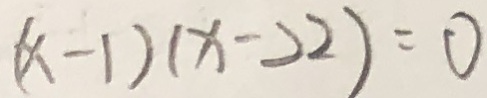
( x - 1 ) ( x - 2 2 ) = 0